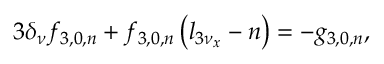
3 \delta _ { \nu } f _ { 3 , 0 , n } + f _ { 3 , 0 , n } \left( l _ { 3 \nu _ { x } } - n \right) = - g _ { 3 , 0 , n } ,